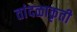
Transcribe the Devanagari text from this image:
तांदळाकृती